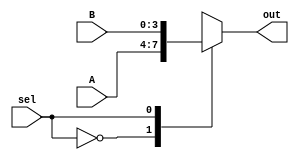
module mux2to1(A, B, out, sel); //connect AC LC
    input [3:0] A;
    input [3:0] B;
    input sel;
    output reg [3:0] out;

    always @(A or B or sel) begin
        case (sel)
            1'b0 : out = A;
            1'b1 : out = B;
        endcase
    end

endmodule